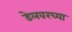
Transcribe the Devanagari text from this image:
डेलवरच्या